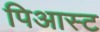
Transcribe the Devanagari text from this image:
पिआस्ट